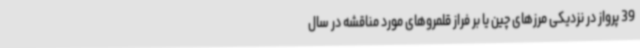
39 پرواز در نزدیکی مرزهای چین یا بر فراز قلمروهای مورد مناقشه در سال